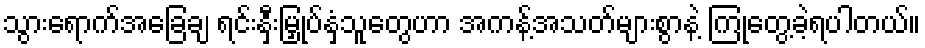
သွားရောက်အခြေချ ရင်းနှီးမြှုပ်နှံသူတွေဟာ အကန့်အသတ်များစွာနဲ့ ကြုံတွေ့ခဲ့ရပါတယ်။